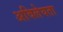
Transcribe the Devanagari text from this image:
अविलेयता